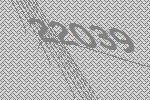
22039